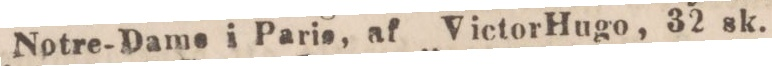
Notre-Dame i Parie, af Victor Hugo, 32 sk.